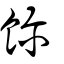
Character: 餮